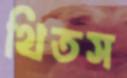
থিতস